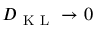
D _ { \mathrm { ~ K ~ L ~ } } \rightarrow 0